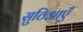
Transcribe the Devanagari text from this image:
सुठिआएँ